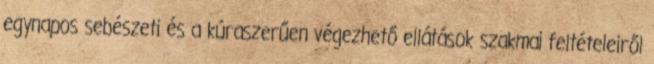
egynapos sebészeti és a kúraszerűen végezhető ellátások szakmai feltételeiről